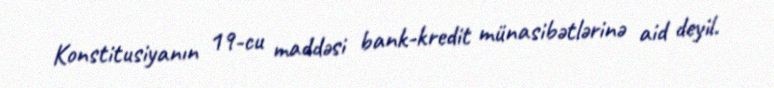
Konstitusiyanın 19-cu maddəsi bank-kredit münasibətlərinə aid deyil.